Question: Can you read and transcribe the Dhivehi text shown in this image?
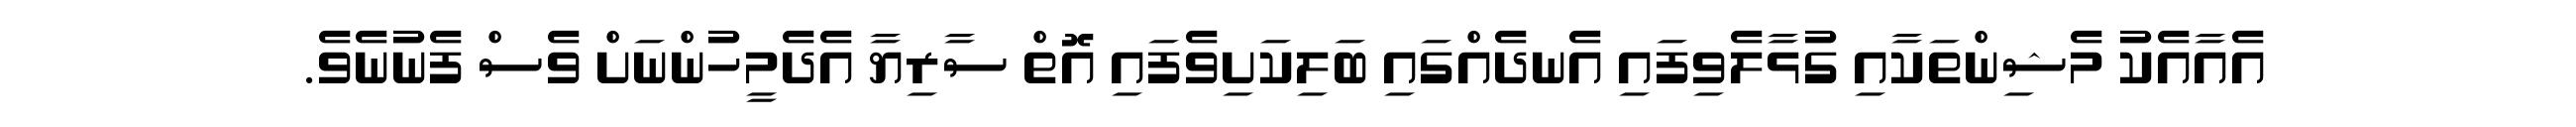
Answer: އެއާއެކު މެޝިންތަކާއި ގުޅާލެވިފައި އެނދެއްގައި ބަލިކަށިވެފައި އޮތް ސާރިޔާ އެދެމީހުންނަށް ވެސް ފެނުނެވެ.